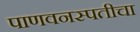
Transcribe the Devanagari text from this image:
पाणवनस्पतीचा